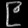
Digit: ၉